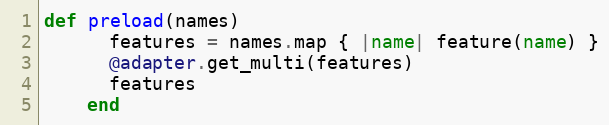
Language: Ruby
def preload(names)
      features = names.map { |name| feature(name) }
      @adapter.get_multi(features)
      features
    end